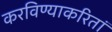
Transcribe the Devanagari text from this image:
करविण्याकरितां